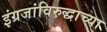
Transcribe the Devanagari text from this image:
इंग्रजांविरुद्धाच्या